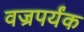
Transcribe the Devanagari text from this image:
वज्रपर्यंक